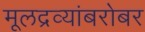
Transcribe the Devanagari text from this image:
मूलद्रव्यांबरोबर